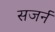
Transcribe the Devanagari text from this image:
सजर्न